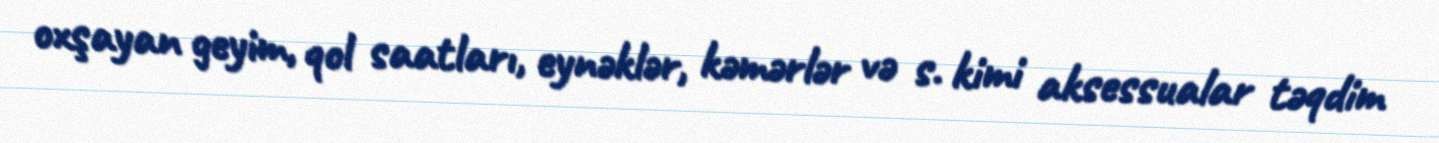
oxşayan geyim, qol saatları, eynəklər, kəmərlər və s. kimi aksessualar təqdim